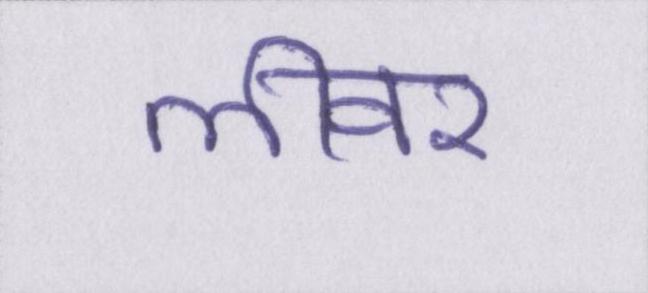
लीवर